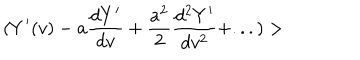
( Y ^ { \prime } ( v ) - a { \frac { d Y ^ { \prime } } { d v } } + { \frac { a ^ { 2 } } { 2 } } { \frac { d ^ { 2 } Y ^ { \prime } } { d v ^ { 2 } } } + . . . ) >